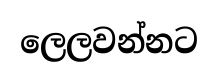
ලෙලවන්නට